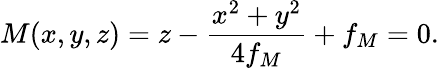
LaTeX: M(x,y,z)=z-\frac{x^{2}+y^{2}}{4f_{M}}+f_{M}=0.